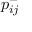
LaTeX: p _ { i j } ^ { - }